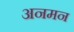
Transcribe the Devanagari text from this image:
अनमन